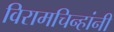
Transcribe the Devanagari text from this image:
विरामचिन्हांनी